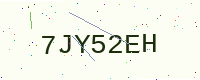
Text: 7JY52EH